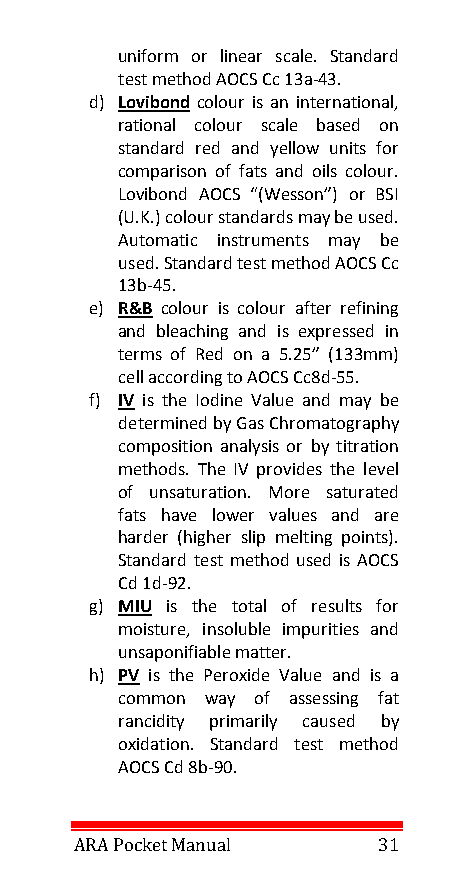
uniform or linear scale. Standard
 test method AOCS Cc 13a-43.
 d) Lovibond colour is an international,
 rational colour scale based on
 standard red and yellow units for
 comparison of fats and oils colour.
 Lovibond AOCS “(Wesson”) or BSI
 (U.K.) colour standards may be used.
 Automatic instruments may be
 used. Standard test method AOCS Cc
 13b-45.
 e) R&B colour is colour after refining
 and bleaching and is expressed in
 terms of Red on a 5.25” (133mm)
 cell according to AOCS Cc8d-55.
 f) IV is the Iodine Value and may be
 determined by Gas Chromatography
 composition analysis or by titration
 methods. The IV provides the level
 of unsaturation. More saturated
 fats have lower values and are
 harder (higher slip melting points).
 Standard test method used is AOCS
 Cd 1d-92.
 g) MIU is the total of results for
 moisture, insoluble impurities and
 unsaponifiable matter.
 h) PV is the Peroxide Value and is a
 common way of assessing fat
 rancidity primarily caused by
 oxidation. Standard test method
 AOCS Cd 8b-90.
 ARA Pocket Manual   31